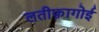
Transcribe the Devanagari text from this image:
लतीफ़ागोई